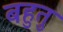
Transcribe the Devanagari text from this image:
बहुतु